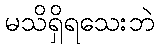
မသိရှိရသေးဘဲ